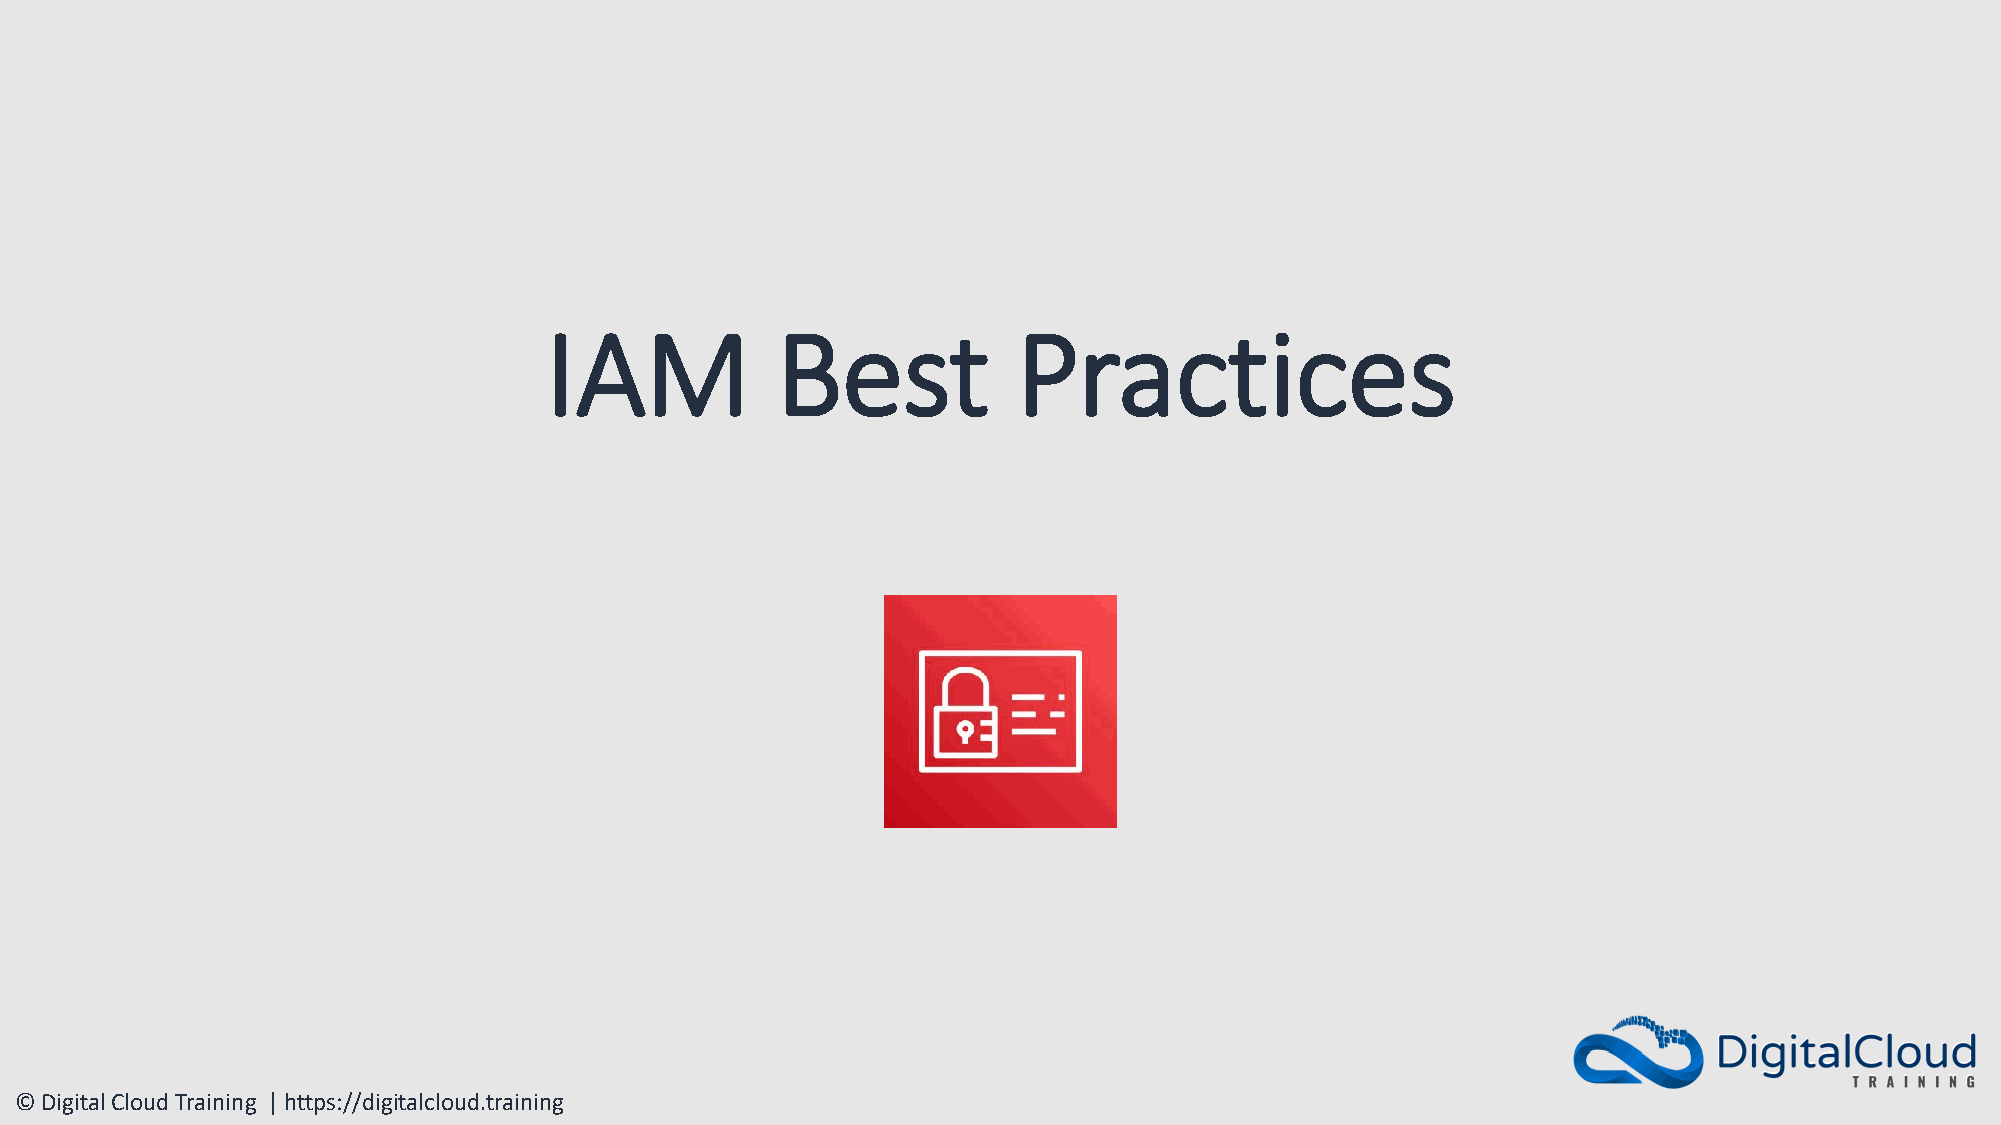
IAM            Best            Practices
 © Digital Cloud Training | https://digitalcloud.training